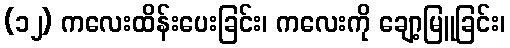
(၁၂) ကလေးထိန်းပေးခြင်း၊ ကလေးကို ချော့မြူခြင်း၊